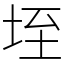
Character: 垤